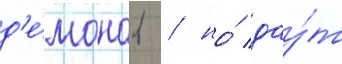
д'е́монов / но́ дау́т